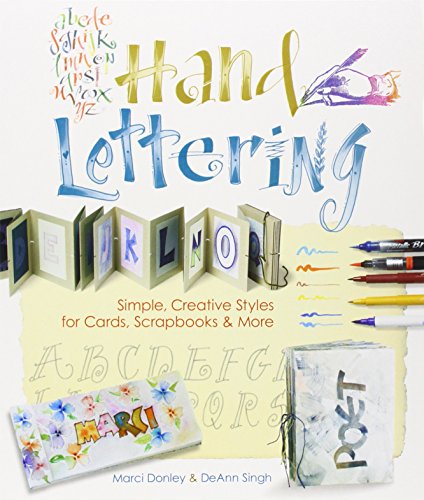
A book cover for Hand Lettering: Simple, Creative Styles for Cards, Scrapbooks & More; Marci Donley; Arts & Photography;